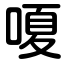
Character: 嗄